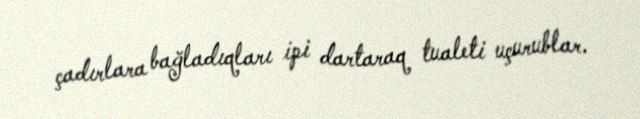
çadırlara bağladıqları ipi dartaraq tualeti uçurublar.